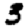
Digit: 3